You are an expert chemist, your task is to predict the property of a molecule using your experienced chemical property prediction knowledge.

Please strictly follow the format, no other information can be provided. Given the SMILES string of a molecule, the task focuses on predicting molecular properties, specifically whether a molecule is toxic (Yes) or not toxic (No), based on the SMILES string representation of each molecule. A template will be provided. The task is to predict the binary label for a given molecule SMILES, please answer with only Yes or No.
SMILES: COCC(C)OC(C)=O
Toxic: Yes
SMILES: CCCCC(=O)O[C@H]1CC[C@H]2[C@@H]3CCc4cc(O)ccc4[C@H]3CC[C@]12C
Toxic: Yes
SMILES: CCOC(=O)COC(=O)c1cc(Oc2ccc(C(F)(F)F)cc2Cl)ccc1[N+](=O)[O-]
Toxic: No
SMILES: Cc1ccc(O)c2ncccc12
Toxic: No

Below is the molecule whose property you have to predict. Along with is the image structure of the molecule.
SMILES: O=C(O)c1ccccc1C(=O)Nc1ccc(S(=O)(=O)Nc2nccs2)cc1
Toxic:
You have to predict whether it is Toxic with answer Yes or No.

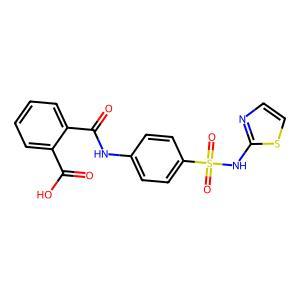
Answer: No